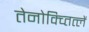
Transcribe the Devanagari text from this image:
तेनोक्च्तित्लें